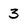
Character: 3